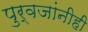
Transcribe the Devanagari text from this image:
पुर्वजांनीही